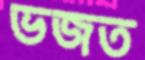
ভজত